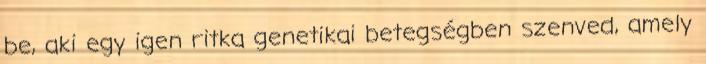
be, aki egy igen ritka genetikai betegségben szenved, amely